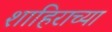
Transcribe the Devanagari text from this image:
शाहिराच्या